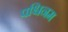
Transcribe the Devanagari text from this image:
पश्चिनम